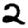
Digit: 2